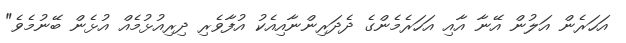
އަހަރެން އަލުން އޭނާ އާއި އަހަރެމެންގެ ދެދަރިންނާއިއެކު އުފާވެރި ދިރިއުޅުމެއް އުޅެން ބޭނުމެވެ"